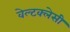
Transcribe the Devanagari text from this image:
वेल्टक्लेसी